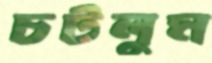
চটলুম